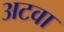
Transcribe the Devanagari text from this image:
अटवा